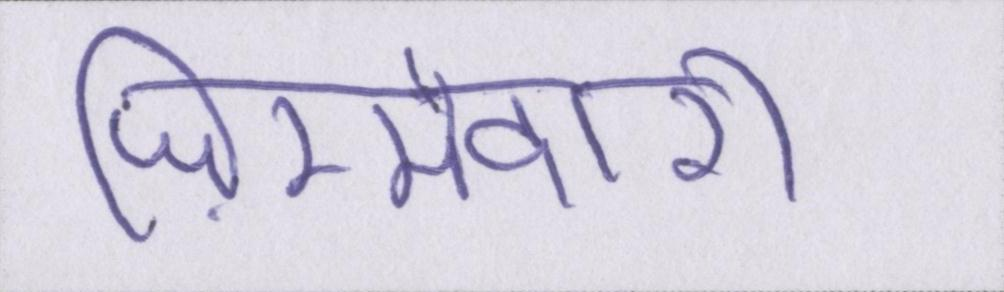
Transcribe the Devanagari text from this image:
ज़िम्मेदारी